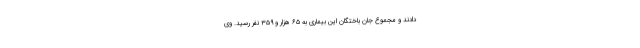
دادند و مجموع جان باختگان این بیماری به ۶۵ هزار و ۳۵۹ نفر رسید. وی